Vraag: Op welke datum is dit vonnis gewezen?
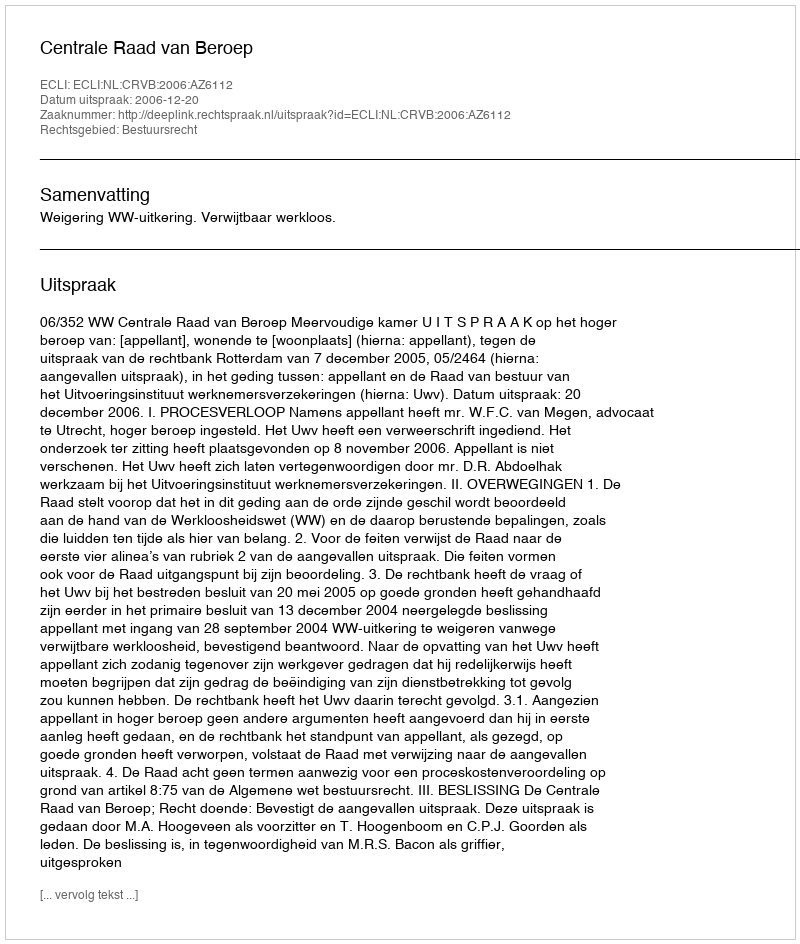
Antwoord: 2006-12-20